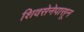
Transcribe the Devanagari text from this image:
शिवसेनेपासून